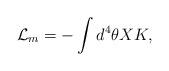
LaTeX: \begin{align*}{\cal L}_{m} = - \int d^4 \theta X K,\end{align*}